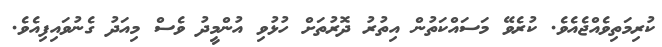
ކުރިމަތިވެއްޖެއެވެ. ކުރެވޭ މަސައްކަތުން އިތުރު ދޮރުތަށް ހުޅުވި އުންމީދު ވެސް މިއަދު ގެނުވައިފިއެވެ.